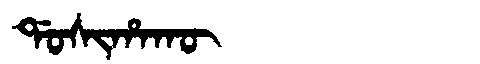
Manchu: ᡩᠣᠰᡳᡥᠠᡴᡡ
Romanization: DOSIHAKŪ